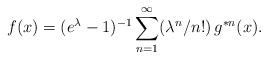
LaTeX: \begin{align*} f(x) = (e^\lambda-1)^{-1} \sum_{n=1}^\infty (\lambda^n /n!)\, g^{\ast n}(x). \end{align*}